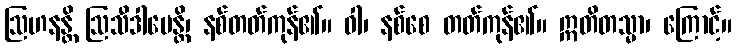
ဩဟနန္တိ ဩသီဒါပေန္တိ၊ နစ်တတ်ကုန်၏။ ဝါ၊ နစ်စေ တတ်ကုန်၏။ ဣတိတသ္မာ၊ ကြောင့်။